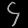
Digit: ၄